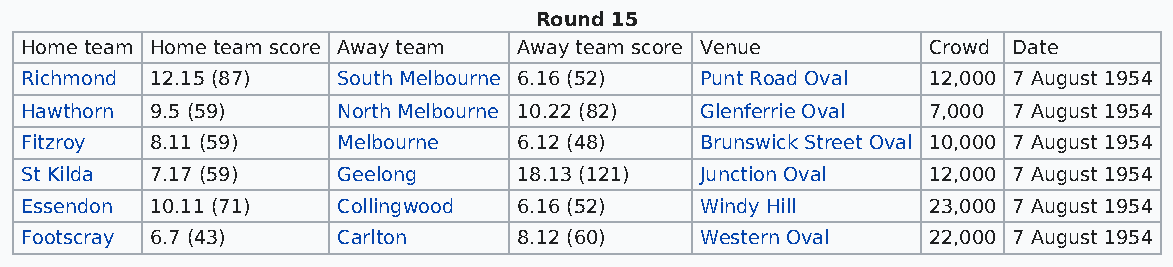
Round 15
 Home team Home team score Away team Away team score Venue   Crowd Date
 Richmond 12.15 (87)  South Melbourne 6.16 (52) Punt Road Oval 12,000 7 August 1954
 Hawthorn 9.5 (59)    North Melbourne 10.22 (82) Glenferrie Oval 7,000 7 August 1954
 Fitzroy  8.11 (59)   Melbourne   6.12 (48)   Brunswick Street Oval 10,000 7 August 1954
 St Kilda 7.17 (59)   Geelong     18.13 (121) Junction Oval  12,000 7 August 1954
 Essendon 10.11 (71)  Collingwood 6.16 (52)   Windy Hill     23,000 7 August 1954
 Footscray 6.7 (43)   Carlton     8.12 (60)   Western Oval   22,000 7 August 1954